Bombay plague: being a history of the progress of plague in the Bombay presidency from September 1896 to June 1899
Year: 1896
Disease focus: Plague
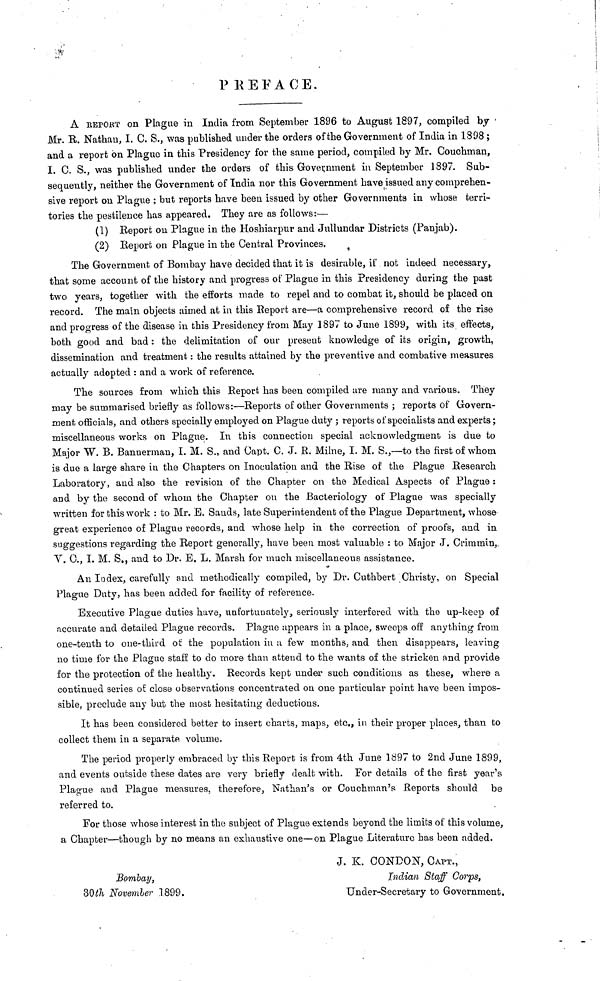
PREFACE.
Α REPORT on Plague in India from September 1896 to August 1897, compiled by
Mr. R. Nathan, I. C. S., was published under the orders of the Government of India in 1898 ;
and a report on Plague in this Presidency for the same period, compiled by Mr. Couchman,
I. C. S., was published under the orders of this Government in September 1897. Sub-
sequently, neither the Government of India nor this Government have issued any comprehen-
sive report on Plague ; but reports have been issued by other Governments in whose terri-
tories the pestilence has appeared. They are as follows:—
(1) Report 011 Plague in the Hoshiarpur and Jullundar Districts (Panjab).
(2) Report on Plague in the Central Provinces.
The Government of Bombay have decided that it is desirable, if not indeed necessary,
that some account of the history and progress of Plague in this Presidency during the past
two years, together with the efforts made to repel and to combat it, should be placed on
record. The main objects aimed at in this Report are—a comprehensive record of the rise
and progress of the disease in this Presidency from May 1897 to June 1899, with its, effects,
both good and bad : the delimitation of our present knowledge of its origin, growth,
dissemination and treatment : the results attained by the preventive and combative measures
actually adopted : and a work of reference.
The sources from which this Report has been compiled are many and various. They
may be summarised briefly as follows:—Reports of other Governments ; reports of Govern-
ment officials, and others specially employed on Plague duty ; reports of specialists and experts ;
miscellaneous works on Plague. In this connection special acknowledgment is due to
Major W. B. Bannerman, I. M. S., and Capt. C. J. R. Milne, I. M. S.,—to the first of whom
is due a large share in the Chapters on Inoculation and the Rise of the Plague Research
Laboratory, and also the revision of the Chapter on the Medical Aspects of Plague :
and by the second of whom the Chapter on the Bacteriology of Plague was specially
written for this work : to Mr. E. Sands, late Superintendent of the Plague Department, whose
great experience of Plague records, and whose help in the correction of proofs, and in
suggestions regarding the Report generally, have been most valuable : to Major J. Crimmin,
Y. C., I. M. S., and to Dr. E. L. Marsh for much miscellaneous assistance.
An Index, carefully and methodically compiled, by Dr. Cuthbert Christy, on Special
Plague Duty, has been added for facility of reference.
Executive Plague duties have, unfortunately, seriously interfered with the up-keep of
accurate and detailed Plague records. Plague appears in a place, sweeps off anything from
one-tenth to one-third of the population in a few months, and then disappears, leaving
no time for the Plague staff to do more than attend to the wants of the stricken and provide
for the protection of the healthy. Records kept under such conditions as these, where a
continued series oí close observations concentrated on one particular point have been impos-
sible, preclude any but the most hesitating deductions.
It has been considered better to insert charts, maps, etc., in their proper places, than to
collect them in a separate volume.
The period properly embraced by this Report is from 4th June 1897 to 2nd June 1899,
and events outside these dates are very briefly dealt with. For details of the first year's
Plague and Plague measures, therefore, Nathan's or Couchman's Reports should be
referred to.
For those whose interest in the subject of Plague extends beyond the limits of this volume,
a Chapter—though by no means an exhaustive one—on Plague Literature has been added.
J. K. CONDON, CAPT.,
Bombay,
Indian Staff Corps,
30th November 1899.
Under-Secretary to Government.